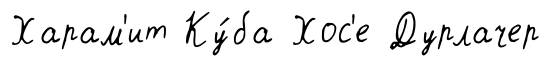
Харам'ит Ку́ба Хос'е Дурлачер